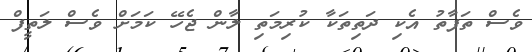
ވެސް ތަފާތު އެކި ދަތިތަކާ ކުރިމަތި ލާން ޖެހޭ ކަމަށް ވެސް ލަތީފް